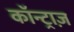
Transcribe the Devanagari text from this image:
कॉन्ट्राज़